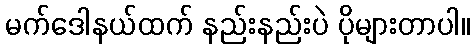
မက်ဒေါနယ်ထက် နည်းနည်းပဲ ပိုများတာပါ။